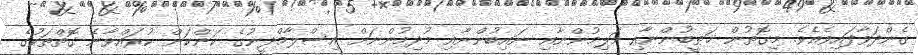
ގެންދަވާފައިވެއެވެ. މިގޮތުން ޚަޠީބުންނާއި މަލިމުންނާއި ނައިބުންނާއި މުދިމުންނަށް އިސްލާމްދީނުގެ ކަންކަން ކުރައްވާނެ ގޮތްތަކުގެ